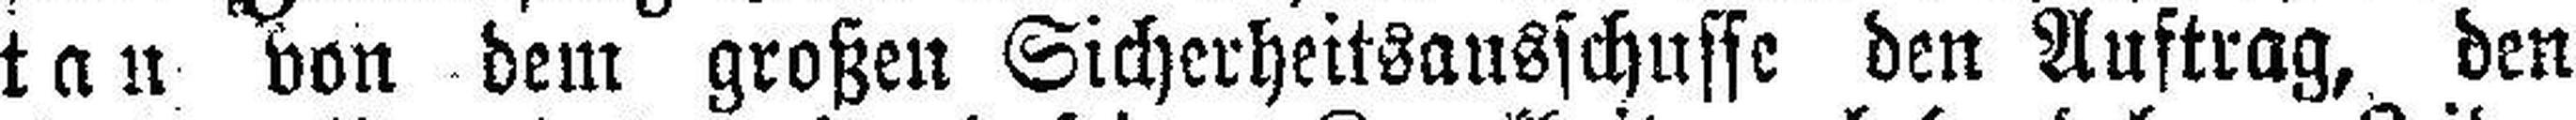
tan von dem großen Sicherheitsansschusse den Auftrag, den